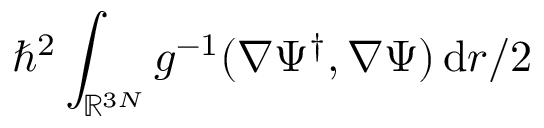
\hbar ^ { 2 } \int _ { \ensuremath { \mathbb { R } } ^ { 3 N } } g ^ { - 1 } ( \nabla \Psi ^ { \dagger } , \nabla \Psi ) \, \mathrm { d } r / 2